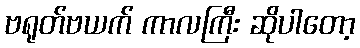
ဗရုတ်ဗယက် ကာလကြီး ဆိုပါတော့